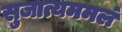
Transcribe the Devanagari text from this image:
सुजात्यममलं